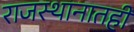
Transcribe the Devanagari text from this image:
राजस्थानातही